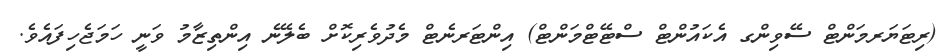
(ރިޓަޔަރމަންޓް ސޭވިންގ އެކައުންޓް ސްޓޭޓްމަންޓް) އިންޓަރނެޓް މެދުވެރިކޮށް ބެލޭނެ އިންތިޒާމު ވަނީ ހަމަޖެހިފައެވެ.